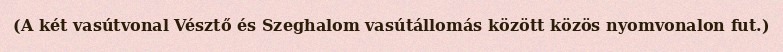
(A két vasútvonal Vésztő és Szeghalom vasútállomás között közös nyomvonalon fut.)